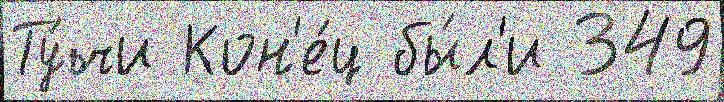
Ту́чи Кон'е́ц бы́л'и 349